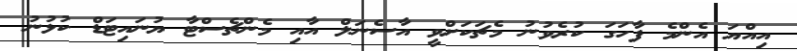
އިއްޔަ އެންމެ ފާހަގަ ކުރެވުނު މެޗަކަށްވީ އާސެނަލް އާއި މެންޗެސްޓާ ޔުނައިޓަޑް ކުޅުނު